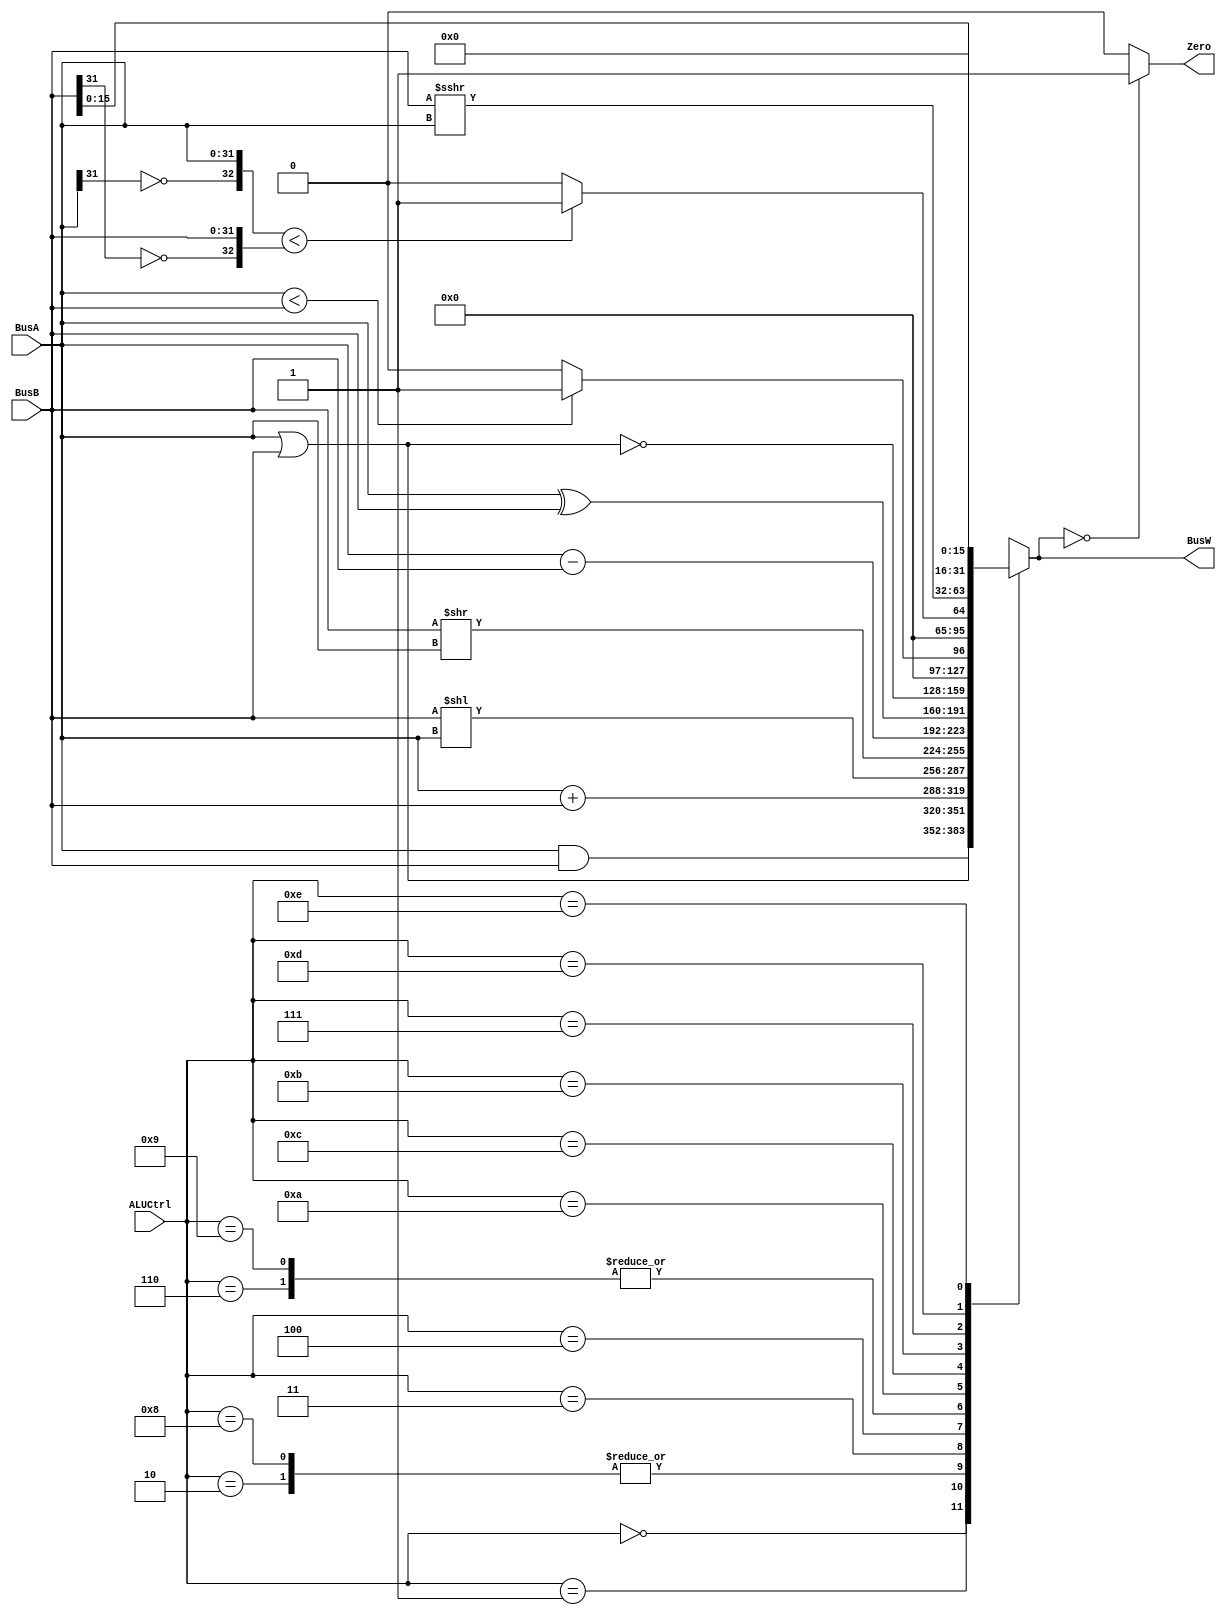
`timescale 1ns / 1ps

`define AND 4'b0000
`define OR 4'b0001
`define ADD 4'b0010
`define SLL 4'b0011
`define SRL 4'b0100
`define SUB 4'b0110
`define SLT 4'b0111
`define ADDU 4'b1000
`define SUBU 4'b1001
`define XOR 4'b1010
`define SLTU 4'b1011
`define NOR 4'b1100
`define SRA 4'b1101
`define LUI 4'b1110
module ALU(BusW, Zero, BusA, BusB, ALUCtrl
    );
input wire [31:0] BusA, BusB;
output reg [31:0] BusW;
input wire [3:0] ALUCtrl ;
output wire Zero ;

wire less;
wire [63:0] Bus64;
assign Zero = (BusW == 0) ? 1'b1 : 1'b0;
assign less = ({~BusA[31],BusA[31:0]} < {~BusB[31],BusB[31:0]}  ? 1'b1 : 1'b0);
assign Bus64 = 64'b0; 
always@(*)begin

        case (ALUCtrl)
        `AND:   BusW = BusA & BusB;
        `OR:    BusW = BusA | BusB;
        `ADD:   BusW = BusA + BusB;
        `ADDU:  BusW = BusA + BusB;
        `SLL:   BusW = BusB << BusA; // Updated this : BusB shifts by BusA
        `SRL:   BusW = BusB >> BusA; // Updated this: Bus B shifts by BusA
        `SUB:   BusW = BusA - BusB;
        `SUBU:  BusW = BusA - BusB;
        `XOR:   BusW = BusA ^ BusB;
        `NOR:   BusW = ~(BusA | BusB);
        `SLTU:  BusW = (BusA < BusB) ? 32'b1 : 32'b0;
        `SLT:   BusW = (less);
        `SRA:   BusW = ($signed(BusB) >>> BusA); // Updated this: Bus B shifts by Bus A now
        `LUI:   BusW = {BusB[15:0] , 16'b0};
        default: BusW = 32'bx;
        endcase
end
endmodule